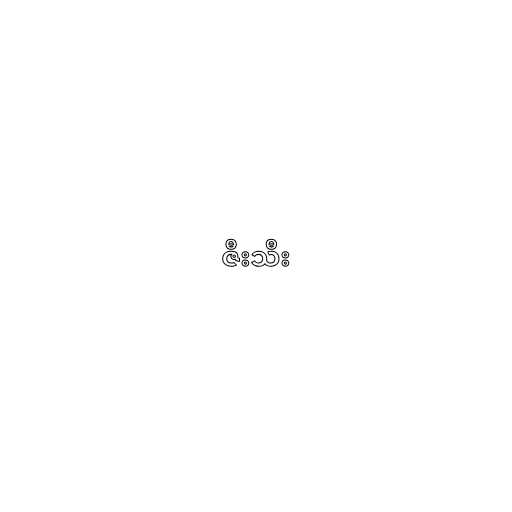
ဇီးသီး